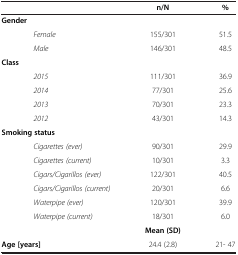
<table><thead><tr><td><b> </b></td><td><b>n/N</b></td><td><b>%</b></td></tr></thead><tbody><tr><td><b>Gender</b></td><td> </td><td> </td></tr><tr><td><i>Female</i></td><td>155/301</td><td>51.5</td></tr><tr><td><i>Male</i></td><td>146/301</td><td>48.5</td></tr><tr><td><b>Class</b></td><td> </td><td> </td></tr><tr><td><i>2015</i></td><td>111/301</td><td>36.9</td></tr><tr><td><i>2014</i></td><td>77/301</td><td>25.6</td></tr><tr><td><i>2013</i></td><td>70/301</td><td>23.3</td></tr><tr><td><i>2012</i></td><td>43/301</td><td>14.3</td></tr><tr><td><b>Smoking status</b></td><td> </td><td> </td></tr><tr><td><i>Cigarettes (ever)</i></td><td>90/301</td><td>29.9</td></tr><tr><td><i>Cigarettes (current)</i></td><td>10/301</td><td>3.3</td></tr><tr><td><i>Cigars/Cigarillos (ever)</i></td><td>122/301</td><td>40.5</td></tr><tr><td><i>Cigars/Cigarillos (current)</i></td><td>20/301</td><td>6.6</td></tr><tr><td><i>Waterpipe (ever)</i></td><td>120/301</td><td>39.9</td></tr><tr><td><i>Waterpipe (current)</i></td><td>18/301</td><td>6.0</td></tr><tr><td> </td><td><b>Mean (SD)</b></td><td> </td></tr><tr><td><b>Age [years]</b></td><td>24.4 (2.8)</td><td>21- 47</td></tr></tbody></table>